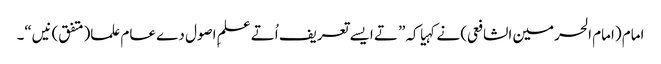
امام (امام الحرمین الشافعی) نے کہیا کہ” تے ایس‏ے تعریف اُتے علمِ اصول دے عام علما(متفق)نیں“۔